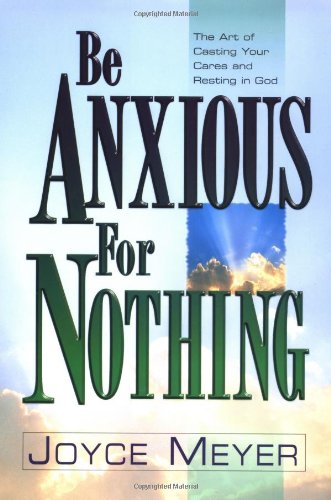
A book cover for Be Anxious for Nothing: The Art of Casting Your Cares and Resting in God; Joyce Meyer; Christian Books & Bibles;